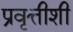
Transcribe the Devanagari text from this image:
प्रवृत्तीशी